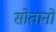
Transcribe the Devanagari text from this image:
सोतानो